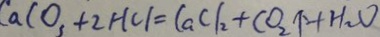
C a C O _ { 3 } + 2 H C l = C a C l _ { 2 } + C O _ { 2 } \uparrow + H _ { 2 } O